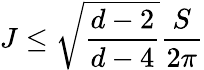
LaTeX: J\leq\sqrt{\frac{d-2}{d-4}}\frac{S}{2\pi}